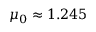
\mu _ { 0 } \approx 1 . 2 4 5